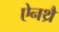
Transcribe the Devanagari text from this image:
ऐनथ्रै